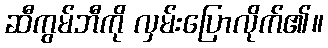
ဆီကွမ်ဘီကို လှမ်းပြောလိုက်၏။